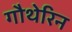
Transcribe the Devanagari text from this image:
गौथेरिन